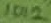
Text: 1012